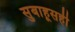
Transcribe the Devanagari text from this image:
सुबाहूसही